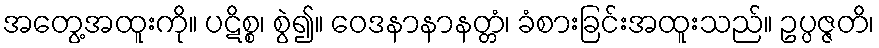
အတွေ့အထူးကို။ ပဋိစ္စ၊ စွဲ၍။ ဝေဒနာနာနတ္တံ၊ ခံစားခြင်းအထူးသည်။ ဥပ္ပဇ္ဇတိ၊